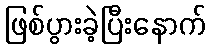
ဖြစ်ပွားခဲ့ပြီးနောက်